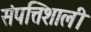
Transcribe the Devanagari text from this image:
संपत्तिशाली